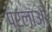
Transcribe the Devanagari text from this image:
परलाओ